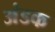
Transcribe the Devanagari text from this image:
अंडक